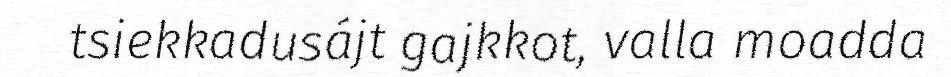
tsiekkadusájt gajkkot, valla moadda